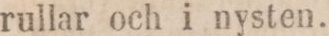
rullar och i nysten.